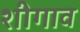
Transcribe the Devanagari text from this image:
शीगाव